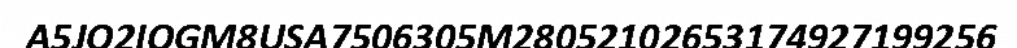
A5JQ2IOGM8USA7506305M28052102653174927199256